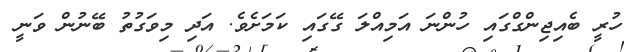
ހުރީ ބެއިޖިންގްގައި ހުންނަ އަމިއްލަ ގޭގައި ކަމަށެވެ. އަދި މިވަގުތު ބޭނުން ވަނީ